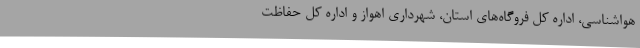
هواشناسی، اداره کل فروگاه‌های استان، شهرداری اهواز و اداره کل حفاظت